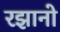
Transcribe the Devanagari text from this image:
रझानो